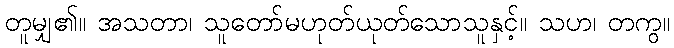
တူမျှ၏။ အသတာ၊ သူတော်မဟုတ်ယုတ်သောသူနှင့်။ သဟ၊ တကွ။